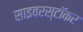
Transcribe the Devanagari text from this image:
साइबरस्टॉकर